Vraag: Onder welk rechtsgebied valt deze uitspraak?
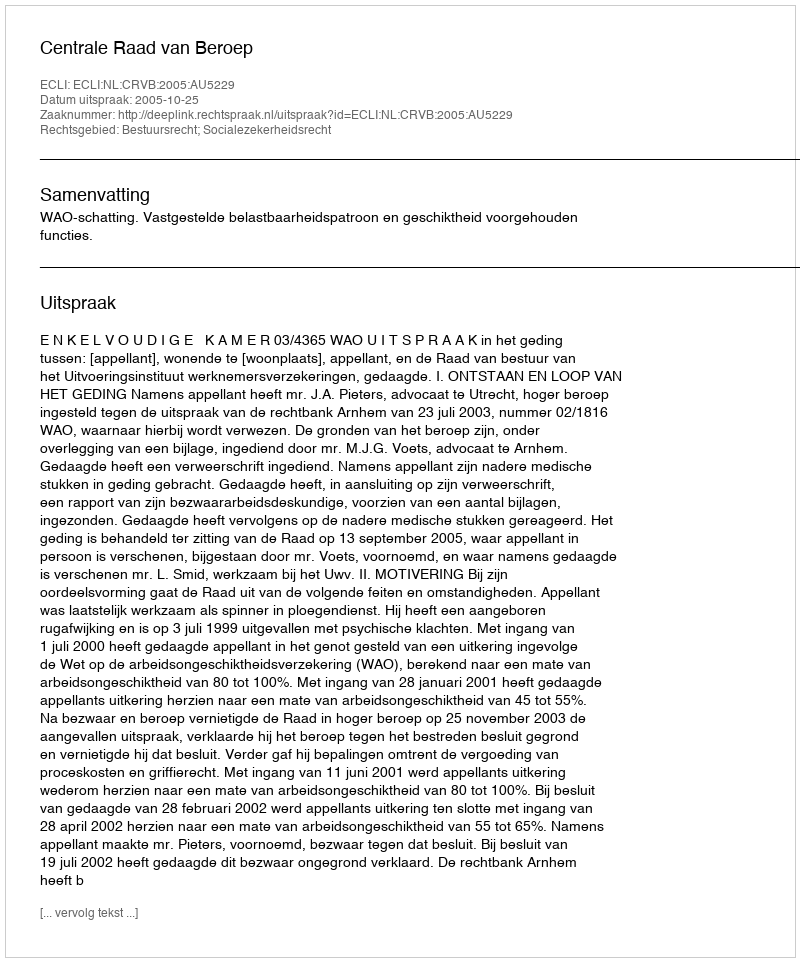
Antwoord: Bestuursrecht; Socialezekerheidsrecht